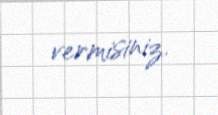
vermisiniz.